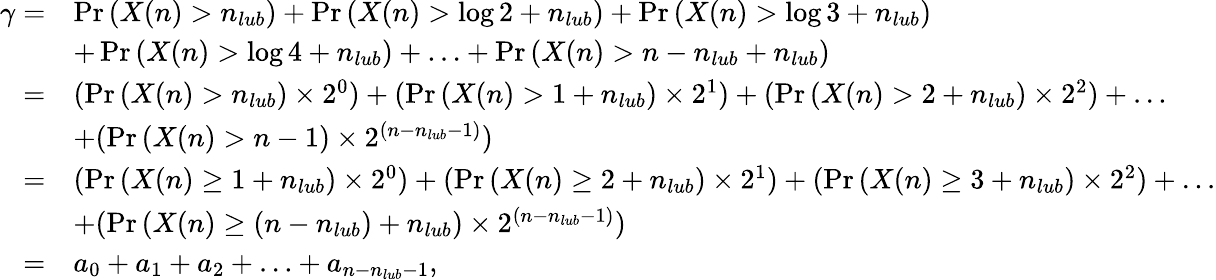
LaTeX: \begin{array}{rl}{\gamma=}&{\operatorname*{Pr}{(X(n)>n_{lub})}+\operatorname*{Pr}{(X(n)>\log{2}+n_{lub})}+\operatorname*{Pr}{(X(n)>\log{3}+n_{lub})}}\\ &{+\operatorname*{Pr}{(X(n)>\log{4}+n_{lub})}+\ldots+\operatorname*{Pr}{(X(n)>n-n_{lub}+n_{lub})}}\\ {=}&{(\operatorname*{Pr}{(X(n)>n_{lub})}\times 2^{0})+(\operatorname*{Pr}{(X(n)>1+n_{lub})}\times 2^{1})+(\operatorname*{Pr}{(X(n)>2+n_{lub})}\times 2^{2})+\ldots}\\ &{+(\operatorname*{Pr}{(X(n)>n-1)}\times 2^{(n-n_{lub}-1)})}\\ {=}&{(\operatorname*{Pr}{(X(n)\geq 1+n_{lub})}\times 2^{0})+(\operatorname*{Pr}{(X(n)\geq 2+n_{lub})}\times 2^{1})+(\operatorname*{Pr}{(X(n)\geq 3+n_{lub})}\times 2^{2})+\ldots}\\ &{+(\operatorname*{Pr}{(X(n)\geq(n-n_{lub})+n_{lub})}\times 2^{(n-n_{lub}-1)})}\\ {=}&{a_{0}+a_{1}+a_{2}+\ldots+a_{n-n_{lub}-1},}\end{array}